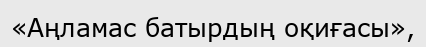
«Аңламас батырдың оқиғасы»,